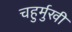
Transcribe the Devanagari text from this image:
चहुर्मुखी